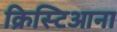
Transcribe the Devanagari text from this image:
क्रिस्टिआना